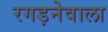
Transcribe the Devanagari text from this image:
रगड़नेवाला